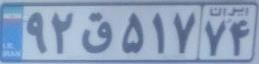
۹۲ق۵۱۷۷۴